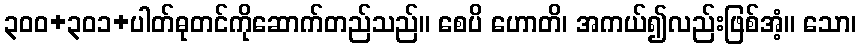
၃၀၀+၃၀၁+ပါတ်ဓုတင်ကိုဆောက်တည်သည်။ စေပိ ဟောတိ၊ အကယ်၍လည်းဖြစ်အံ့။ သော၊